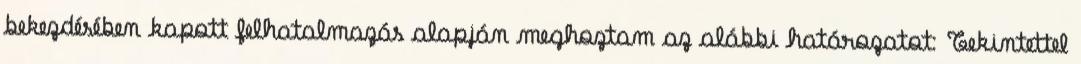
bekezdésében kapott felhatalmazás alapján meghoztam az alábbi határozatot: Tekintettel